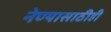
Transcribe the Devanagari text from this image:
नेण्यासाठीही